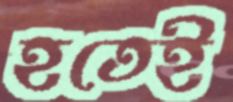
হতেই